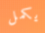
يكمل